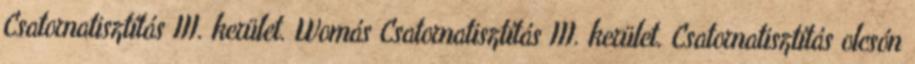
Csatornatisztítás III. kerület. Womás Csatornatisztítás III. kerület. Csatornatisztítás olcsón